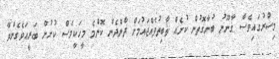
މިސްރުގައިވެސް ޤާނޫނު ބުނާގޮތުން ކުށެއް ޘާބިތުވެއްޖައުމަށް ދާންދެން ކޮންމެ މީހަކީވެސް ކުށުން ބަރީއަވެގެންވާ